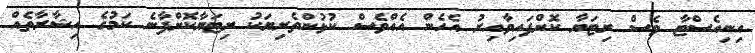
އިނިއެސްޓާ ވެސް ރިޓަޔާ ކޮށްފައިވާއިރު އެހެން އެއްވެސް ކުޅުންތެރިޔަކު ރިޓަޔާކޮށްފާނެ ކަމުގެ އިޝާރާތެއް